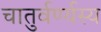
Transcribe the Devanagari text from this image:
चातुर्वर्ण्यस्य